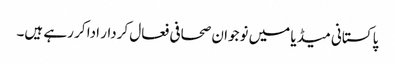
پاکستانی میڈیا میں نوجوان صحافی فعال کردار ادا کر رہے ہیں۔